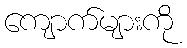
ကျောက်များကို